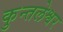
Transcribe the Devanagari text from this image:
कुन्तलेश्वर